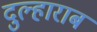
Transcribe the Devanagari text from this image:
दुल्हाराब